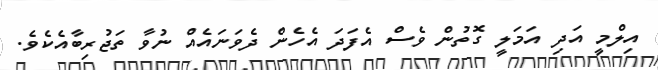
އިލްމީ އަދި އަމަލީ ގޮތުން ވެސް އެފަދަ އެހެން ދެވަނައެއް ނުވާ ތަޖުރިބާއެކެވެ.